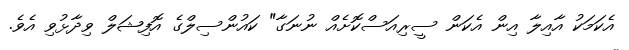
އެކަމަކު އާއިލާ އިން އެކަން ސީރިއަސްކޮށެއް ނުނަގާ" ކައުންސިލްގެ އޮފިޝަލް ވިދާޅުވި އެވެ.